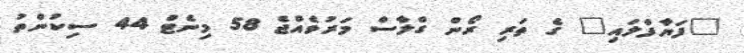
"ފަޔާފްލައި" ގެ ތަރި ރޯން ގްލާސް މަރުވެއްޖެ 58 މިނެޓް 44 ސިކުންތު